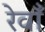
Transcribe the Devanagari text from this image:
रेवाँ